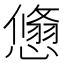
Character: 𢢱